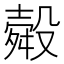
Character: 𭮽